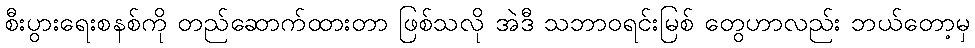
စီးပွားရေးစနစ်ကို တည်ဆောက်ထားတာ ဖြစ်သလို အဲဒီ သဘာဝရင်းမြစ် တွေဟာလည်း ဘယ်တော့မှ